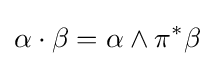
\alpha \cdot \beta =\alpha \wedge \pi ^{*}\beta